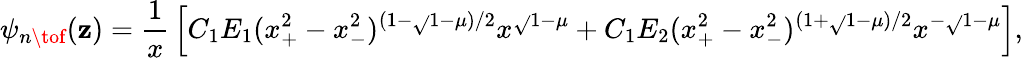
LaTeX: \psi_{n\tof}(\mathbf{z})={\frac{{1}}{{x}}}\left[C_{1}E_{1}(x_{+}^{2}-x_{-}^{2})^{(1-\sqrt{}{{1-\mu}})/2}x^{\sqrt{}{{1-\mu}}}+C_{1}E_{2}(x_{+}^{2}-x_{-}^{2})^{(1+\sqrt{}{{1-\mu}})/2}x^{-\sqrt{}{{1-\mu}}}\right],